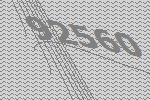
92560